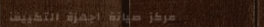
مركز صيانة أجهزة التكييف